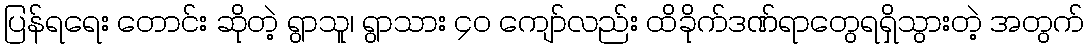
ပြန်ရရေး တောင်း ဆိုတဲ့ ရွာသူ၊ ရွာသား ၄၀ ကျော်လည်း ထိခိုက်ဒဏ်ရာတွေရရှိသွားတဲ့ အတွက်